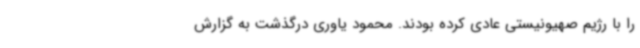
را با رژیم صهیونیستی عادی کرده بودند. محمود یاوری درگذشت به گزارش